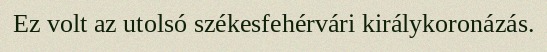
Ez volt az utolsó székesfehérvári királykoronázás.